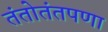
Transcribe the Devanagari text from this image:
तंतोतंतपणा